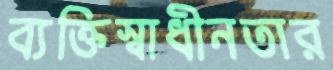
ব্যক্তিস্বাধীনতার